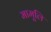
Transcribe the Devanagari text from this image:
मामूलि